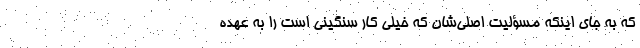
که به جای اینکه مسؤلیت اصلی‌شان که خیلی کار سنگینی است را به عهده